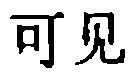
可见